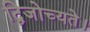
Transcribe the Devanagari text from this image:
द्विजोच्यते।